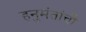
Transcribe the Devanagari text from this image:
हनुमंतांची